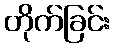
တိုက်ခြင်း